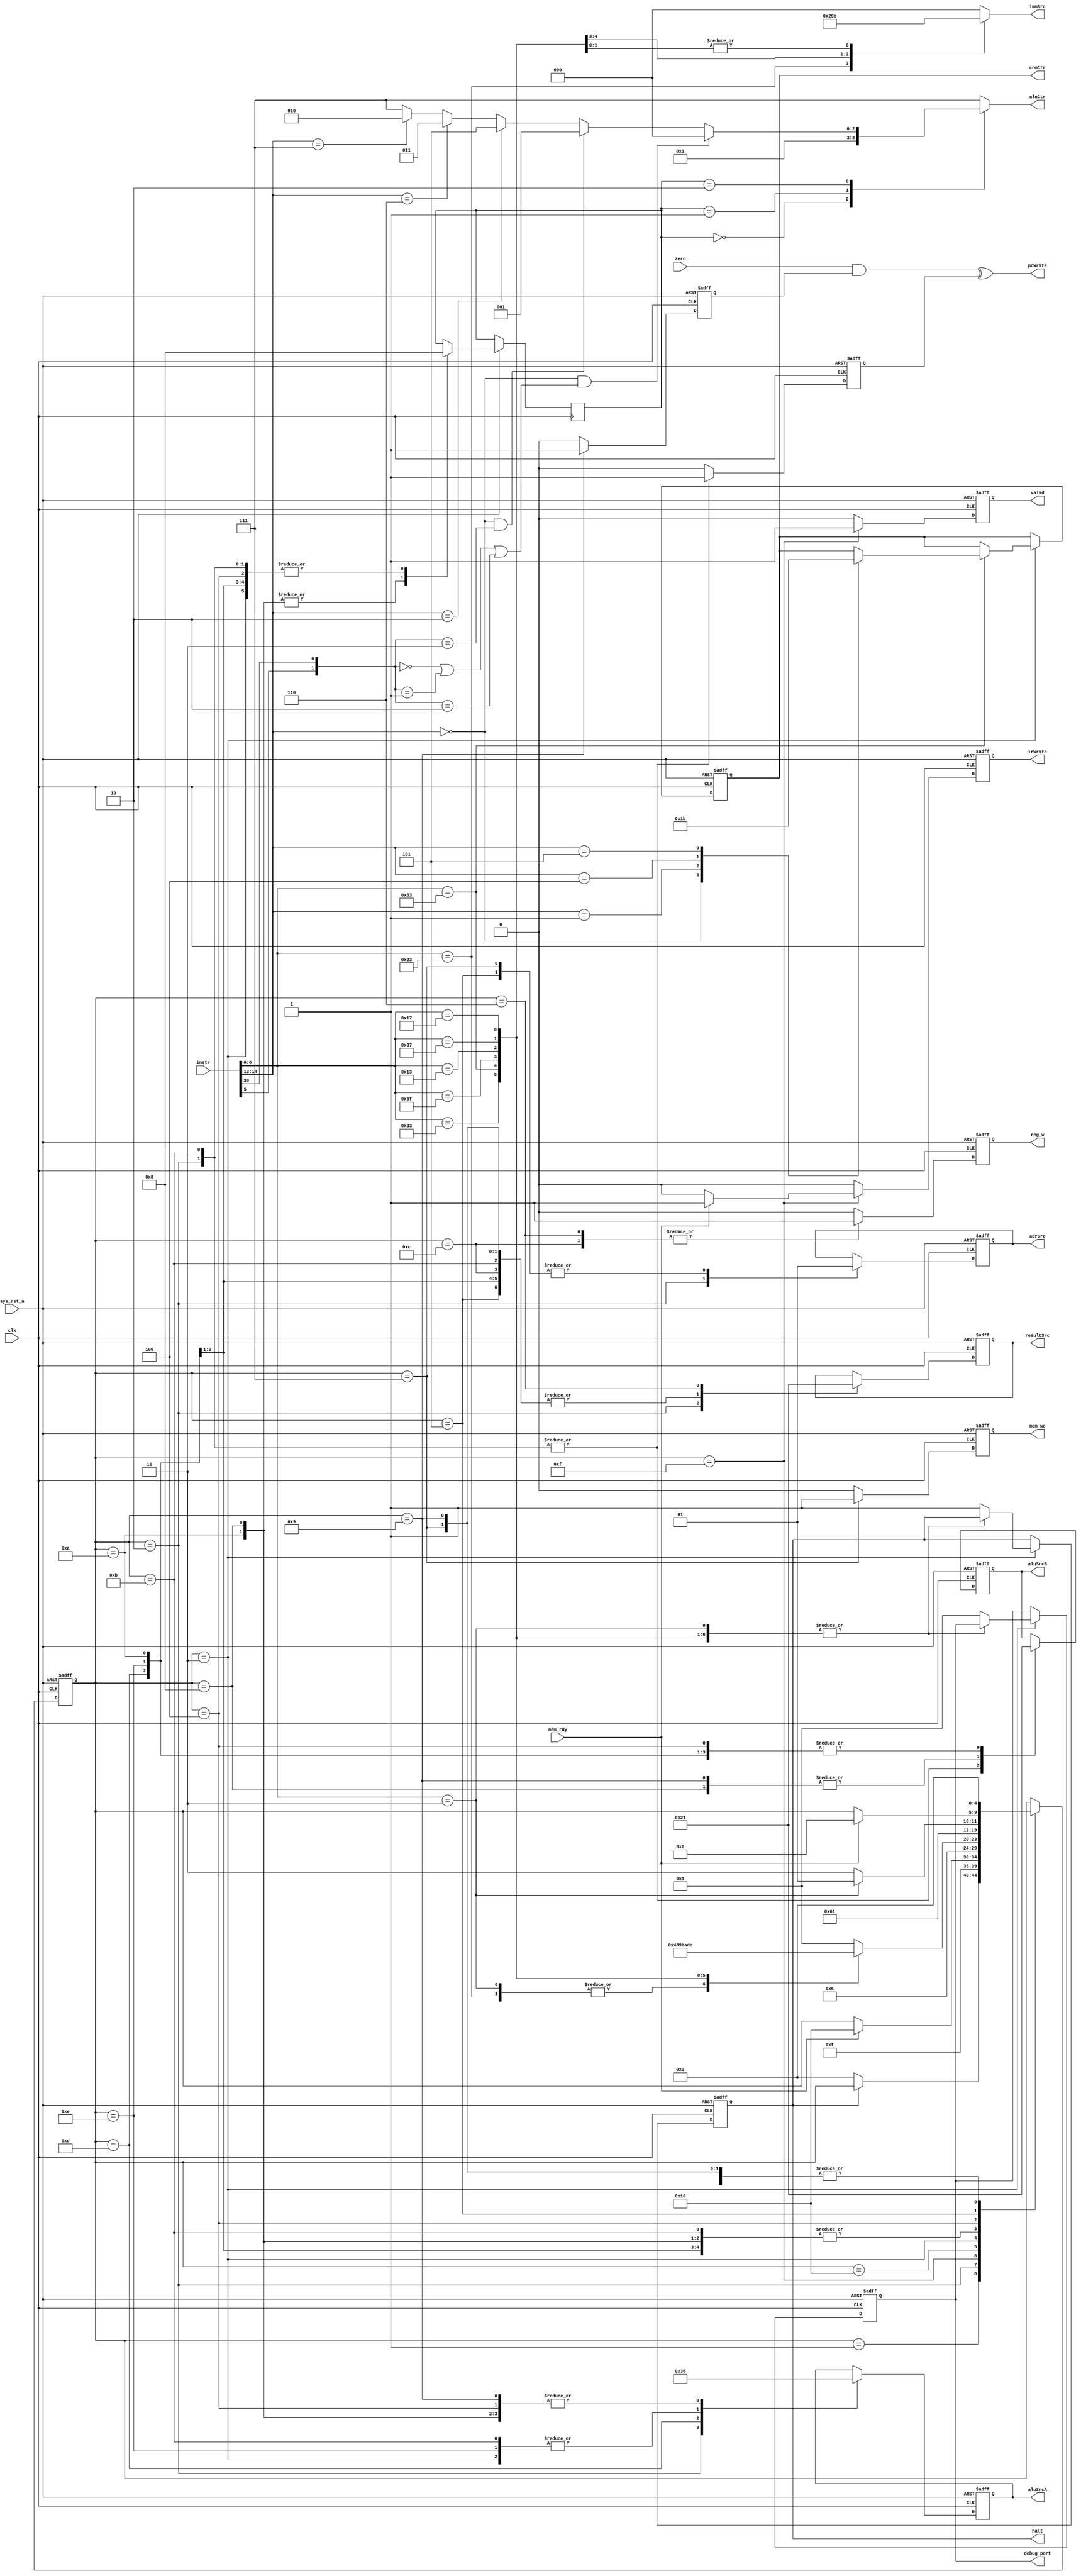
//----------------------------------------------------------------------------------------------------------
// 	
//	ABSTRACT:	Multi-Cycle Processor Unit
// 	KEYWORDS:	fpga, basic modulesignal process
// 
// 	MODIFICATION HISTORY:
//	$Log$
//			Biggest_apple 		2023.8.16			create
//								2023.8.17			continue
//								2023.8.21			continue
//-----------------------------------------------------------------------------------------------------------
module ctrl(
	input		clk,
	input		sys_rst_n,

	input	[31:0]		instr,
	input		zero,
	output		pcWrite,
	output	reg	adrSrc,
	output	reg	mem_we,
	output	reg	irWrite,
	
	output	reg	[1:0]	resultSrc,
	output	reg	[2:0]	aluCtr,
	output	reg	[1:0]	comCtr,
	output	reg	[1:0]	aluSrcA,
	output	reg	[1:0]	aluSrcB,
	
	output	reg	[2:0]	immSrc,
	output	reg			reg_w,
	
	input	mem_rdy,
	output	reg		valid,
	output	reg		halt,
	output	reg	[3:0]	debug_port

);	
wire	[6:0]	op;
wire	[2:0]	funct3;
wire	[6:0]	funct7;
//wire		pcWrite_w;
//reg		pcWrite_a,pcWrite_f;

reg		[4:0]		state;
reg		[1:0]		aluOp;
reg		pcUpdate;
reg		branch;

assign op =instr[6:0];
assign funct3 =instr[14:12];
assign funct7 =instr[31:25];

localparam	LW	=7'b000_0011;
localparam	SW	=7'b010_0011;
localparam	RTYPE	=7'b011_0011;
localparam	BTYPE	=7'b110_0011;
localparam	ITYPE 	=7'b001_0011;
localparam	UTYPE	=7'b011_0111;
localparam	AUIPC	=7'b001_0111;
localparam	JAL	=7'b110_1111;
localparam	JALR =7'b110_0111;

//FSM (MOORE TYPE) state define
localparam	IDLE 		=5'd1;
localparam	FETCH 		=5'd2;
localparam	DECODE		=5'd3;
localparam	MEM_ADR		=5'd4;
localparam	MEM_RD		=5'd5;
localparam	MEM_WB		=5'd6;
localparam	MEM_WRITE 	=5'd7;
localparam	EXECUTE_R 	=5'd8;
localparam	EXECUTE_B 	=5'd9;
localparam	EXECUTE_I 	=5'd10;
localparam	EXECUTE_JAL =5'd11;
localparam	ALU_WB 		=5'd12;
localparam	EXECUTE_U	=5'd13;
localparam	EXECUTE_AUIP=5'd14;
localparam	MEM_RRDY	=5'd15;
localparam	MEM_DY		=5'd16;

//FSM Main body
always @(posedge clk or negedge sys_rst_n)
	if(!sys_rst_n) begin
		//Lots of registers wait to be inited :)
		state <=IDLE;
		pcUpdate <=1'b0;
		branch <=1'b0;
		adrSrc <=1'b0;
		mem_we <=1'b0;
		irWrite <=1'b0;
		resultSrc <=2'b00;
		comCtr <=2'b00;
		aluSrcA <=2'b00;
		aluSrcB <=2'b00;
		reg_w <=1'b0;
		valid <=1'b0;
		debug_port <=4'h0;
		halt <=1'b0;
		//1'b1 means the cpu has halted
	end
	else begin
		reg_w <=1'b0;
		pcUpdate <=1'b0;
		mem_we <=1'b0;
		irWrite <=1'b0;
		branch <=1'b0;
		valid <=1'b0;
		case(state)
			IDLE:
				if(!halt)
					state <=FETCH;
				else
					state <=state;
					//Avoid latch 
			FETCH:begin
				//Fetch the data from memory at the address hold on pc
				//CPU is stable
				adrSrc 	<=1'b0;
				aluSrcA <=2'b00;
				aluSrcB <=2'b10;
				// +'d4
				aluOp <=2'b00;
				resultSrc <=2'b10;
				// Not delay one cycle
				pcUpdate <=1'b1;
				state <=MEM_RRDY;
			end
			MEM_RRDY:begin
				//No more why :) 
				valid <=1'b1;
				if(mem_rdy) begin
					state <=MEM_DY;
					irWrite <=1'b1;
				end
				else
					state <=state;
			end
			MEM_DY:
				state <=DECODE;
			DECODE:begin
				//Caculate the target address
				aluSrcA <=2'b01;
				aluSrcB <=2'b01;
				aluOp <=2'b00;
				case(op)
					LW,SW:
						state <=MEM_ADR;
					RTYPE:
						state <=EXECUTE_R;
					BTYPE:begin
							state <=EXECUTE_B;
							case(funct3)
								3'b000:
									comCtr <=2'b00;		//beq
								3'b001:
									comCtr <=2'b01;		//bne
								3'b100:
									comCtr <=2'b10;		//blt
								3'b101:
									comCtr <=2'b11;		//bge
							default:
									comCtr <=comCtr;
							endcase
						end
					JAL:
						state <=EXECUTE_JAL;
					ITYPE:
						state <=EXECUTE_I;
					UTYPE:
						state <=EXECUTE_U;
					AUIPC:
						state <=EXECUTE_AUIP;
					default:begin
						halt <=1'b1;
						state <=IDLE;
						debug_port <=4'h1;
						//OP decodes Error--
					end
				endcase
			end
			EXECUTE_U:begin
			
				aluSrcA <=2'b11;
				//srcA =32'd0
				aluSrcB <=2'b01;
				aluOp <=2'b00;
				state <=ALU_WB;
				resultSrc <=2'b00;
			end
			EXECUTE_JAL:begin
				aluSrcA <=2'b01;
				aluSrcB <=2'b10;
				resultSrc <=2'b00;
				aluOp <=2'b00;
				
				//Load the target address
				pcUpdate <=1'b1;
				state <=ALU_WB;
			end
			EXECUTE_AUIP:begin
				aluSrcA <=2'b01;
				//From PC
				//srcA =32'd0
				aluSrcB <=2'b01;
				aluOp <=2'b00;
				resultSrc <=2'b00;
				state <=ALU_WB;
			end
			EXECUTE_I:begin
				aluSrcA <=2'b10;
				aluSrcB <=2'b01;
				aluOp <=2'b10;
				state <=ALU_WB;
			end
			EXECUTE_R:begin
				aluSrcA <=2'b10;
				aluSrcB <=2'b00;
				aluOp <=2'b10;
				state <=ALU_WB;
			end
			EXECUTE_B:begin
				aluSrcA <=2'b10;
				aluSrcB <=2'b00;
				branch <=1'b1;
				resultSrc <=2'b00;
				state <=FETCH;
			end
			ALU_WB:begin
				resultSrc <=2'b00;
				reg_w <=1'b1;
				state <=FETCH;
			end
			MEM_WRITE:begin
				resultSrc <=2'b00;
				//From aluOut
				adrSrc <=1'b1;
				mem_we <=1'b1;
				state <=FETCH;
			end
			MEM_ADR:begin
				aluSrcA <=2'b10;
				aluSrcB <=2'b01;
				//From immExt
				aluOp <=2'b00;
				if(op ==LW)
					state <=MEM_RD;
				else 
					state <=MEM_WRITE;
			end
			MEM_RD: begin
				resultSrc <=2'b00;
				//From aluOut
				adrSrc <=1'b1;
				if(mem_rdy)
					state <=MEM_WB;
				else 
					state <=state;
			end
			MEM_WB:begin
				resultSrc <=2'b01;
				reg_w <=1'b1;
				state <=FETCH;
				//Done lw instruction
			end
		endcase
	end

always @(*) begin
	case(aluOp)
		2'b00:
			aluCtr =3'b000;
		2'b01:
			aluCtr =3'b001;
		2'b10:begin
			if(funct3 ==3'b000 &&(({op[5],funct7[5]} ==2'b00)
								||({op[5],funct7[5]} ==2'b01)
								||({op[5],funct7[5]} ==2'b10)))
				aluCtr=3'b000;	//Add
			else if(funct3 ==3'b000 &&(({op[5],funct7[5]} ==2'b11)))
				aluCtr=3'b001;	//Sub
			else if(funct3 ==3'b010)
				aluCtr=3'b101;	//Slt
			else if(funct3 ==3'b110)
				aluCtr=3'b011;	//Or
			else if(funct3 ==3'b111)
				aluCtr=3'b010;	//And
			else
				aluCtr=3'b111;	//Error--
		end
		default:
			aluCtr =3'b111;		//Error--
	endcase
end
//immSrc Decoder...
always @(*) begin
	case(op)
		LW: 
			immSrc =3'b000;
		SW:
			immSrc =3'b001;
		RTYPE:
			immSrc =3'b000;
		BTYPE: 
			immSrc =3'b010;
		ITYPE:
			immSrc =3'b000;
		JAL:
			immSrc =3'b011;
		JALR:
			immSrc =3'b000;
		UTYPE,AUIPC:			//Note here...
			immSrc =3'b100;		
		default:
			immSrc =3'b000;
	endcase
end

//Jump instruction logic
assign pcWrite =((zero && branch)^pcUpdate);
//May be posedge ?
/*
always @(posedge clk or sys_rst_n)
	if(!sys_rst_n) begin
		pcWrite_f <=1'b0;
		pcWrite_a <=1'b0;
	end
	else begin
		pcWrite_f <=pcWrite_w;
		pcWrite_a <=pcWrite_f;
	end
assign pcWrite =(~pcWrite_a && pcWrite_f);
*/
endmodule